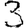
Digit: 3